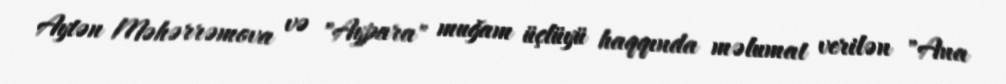
Aytən Məhərrəmova və "Aypara" muğam üçlüyü haqqında məlumat verilən "Ana